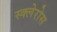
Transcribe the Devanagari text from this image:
स्क्लेरोस